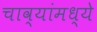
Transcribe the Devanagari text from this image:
चाव्यांमध्ये